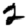
Digit: 2